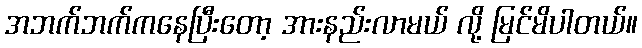
အဘက်ဘက်ကနေပြီးတော့ အားနည်းလာမယ် လို့ မြင်မိပါတယ်။